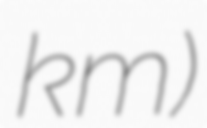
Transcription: km)